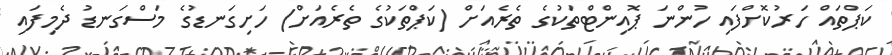
ކަޕްތައް ހަރުކޮށްފައި ހުންނަ ޕޮއިންޓްތަކުގެ ތެރެއަށް (ކަޕްތަކުގެ ތެރެއަށް) ހަށިގަނޑުގެ މަސްގަނޑު ދެމިފައި